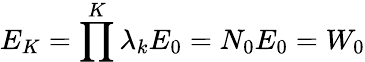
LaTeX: E_{K}=\prod^{K}\lambda_{k}E_{0}=N_{0}E_{0}=W_{0}